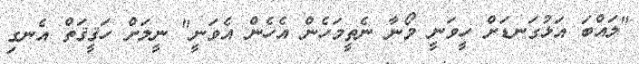
"ލައްބަ އަޅުގަނޑަށް ހީވަނީ މޯނާ ނެތީމަހެން އެހެން އެވަނީ" ނީލަށް ހަޤީޤަތް އެނގި